Civil Veterinary Department Bihar reports 1936-40 - 1936-1940
Year: 1936
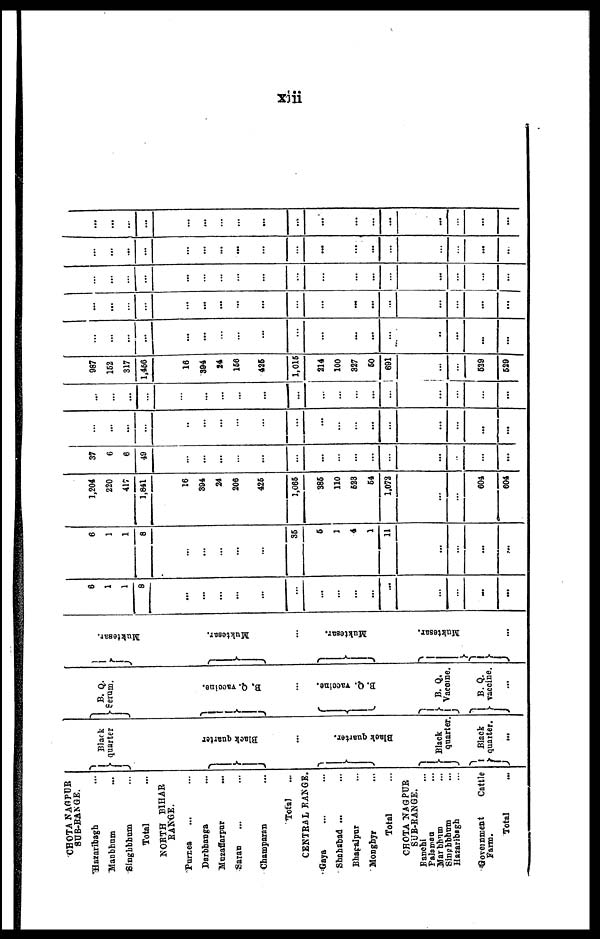
xiii
CHOTA NAGPUR
SUB-RANGE.
Hazaribagh ...
Manbhum ...
Singhbhum ...
Total
NORTH BIHAR
RANGE.
Purnea ... ...
Darbhanga ...
Muzaffarpur
...
Saran ... ...
Champaran ...
Total ...
CENTRAL RANGE.
Gaya ... ...
Shahabad ... ...
Bhagalpur ...
Monghyr ...
Total
CHOTA NAGPUR
SUB-RANGE.
Ranchi ...
Palaman ...
Marbhum ...
Singhbhum ...
Hazaribagh ...
Government
Cattle
Farm.
Total ...
Black
quarter
J
Black quarter
...
Black quarter.
Black
quarter.
Black
quarter.
...
B. Q.
Serum.
B.
Q. vaccine.
...
B. Q. Vaccine.
B. Q.
Vaccine.
B. Q.
vaccine.
...
Muktesar.
Muktesar.
...
Muktesar.
Muktesar.
...
6
1
1
8
...
...
...
...
...
...
...
...
...
...
...
...
...
...
6
1
1
8
...
...
...
...
...
35
6
1
4
1
11
...
...
...
...
....
1,204
220
417
1,841
16
394
24
206
425
1,065
385
110
523
54
1,072
...
...
604
...
604
37
6
6
49
...
...
...
...
...
...
...
...
...
...
...
...
...
...
...
...
...
...
...
...
..
...
...
...
...
...
...
...
...
...
...
...
...
...
...
...
...
...
...
...
...
...
...
...
...
...
...
...
...
...
...
...
...
...
...
987
152
317
1,456
16
394
24
156
425
1,015
214
100
327
60
691
...
...
529
...
529
...
...
...
...
...
...
...
...
...
...
...
...
...
..
...
...
...
...
...
...
...
...
...
...
...
...
...
...
...
...
...
...
...
...
...
...
...
...
...
...
...
...
...
...
...
...
...
...
...
...
...
...
...
...
...
...
...
...
...
...
...
...
...
...
...
...
...
...
...
...
...
...
...
...
...
...
...
...
...
...
...
...
...
...
...
...
...
...
...